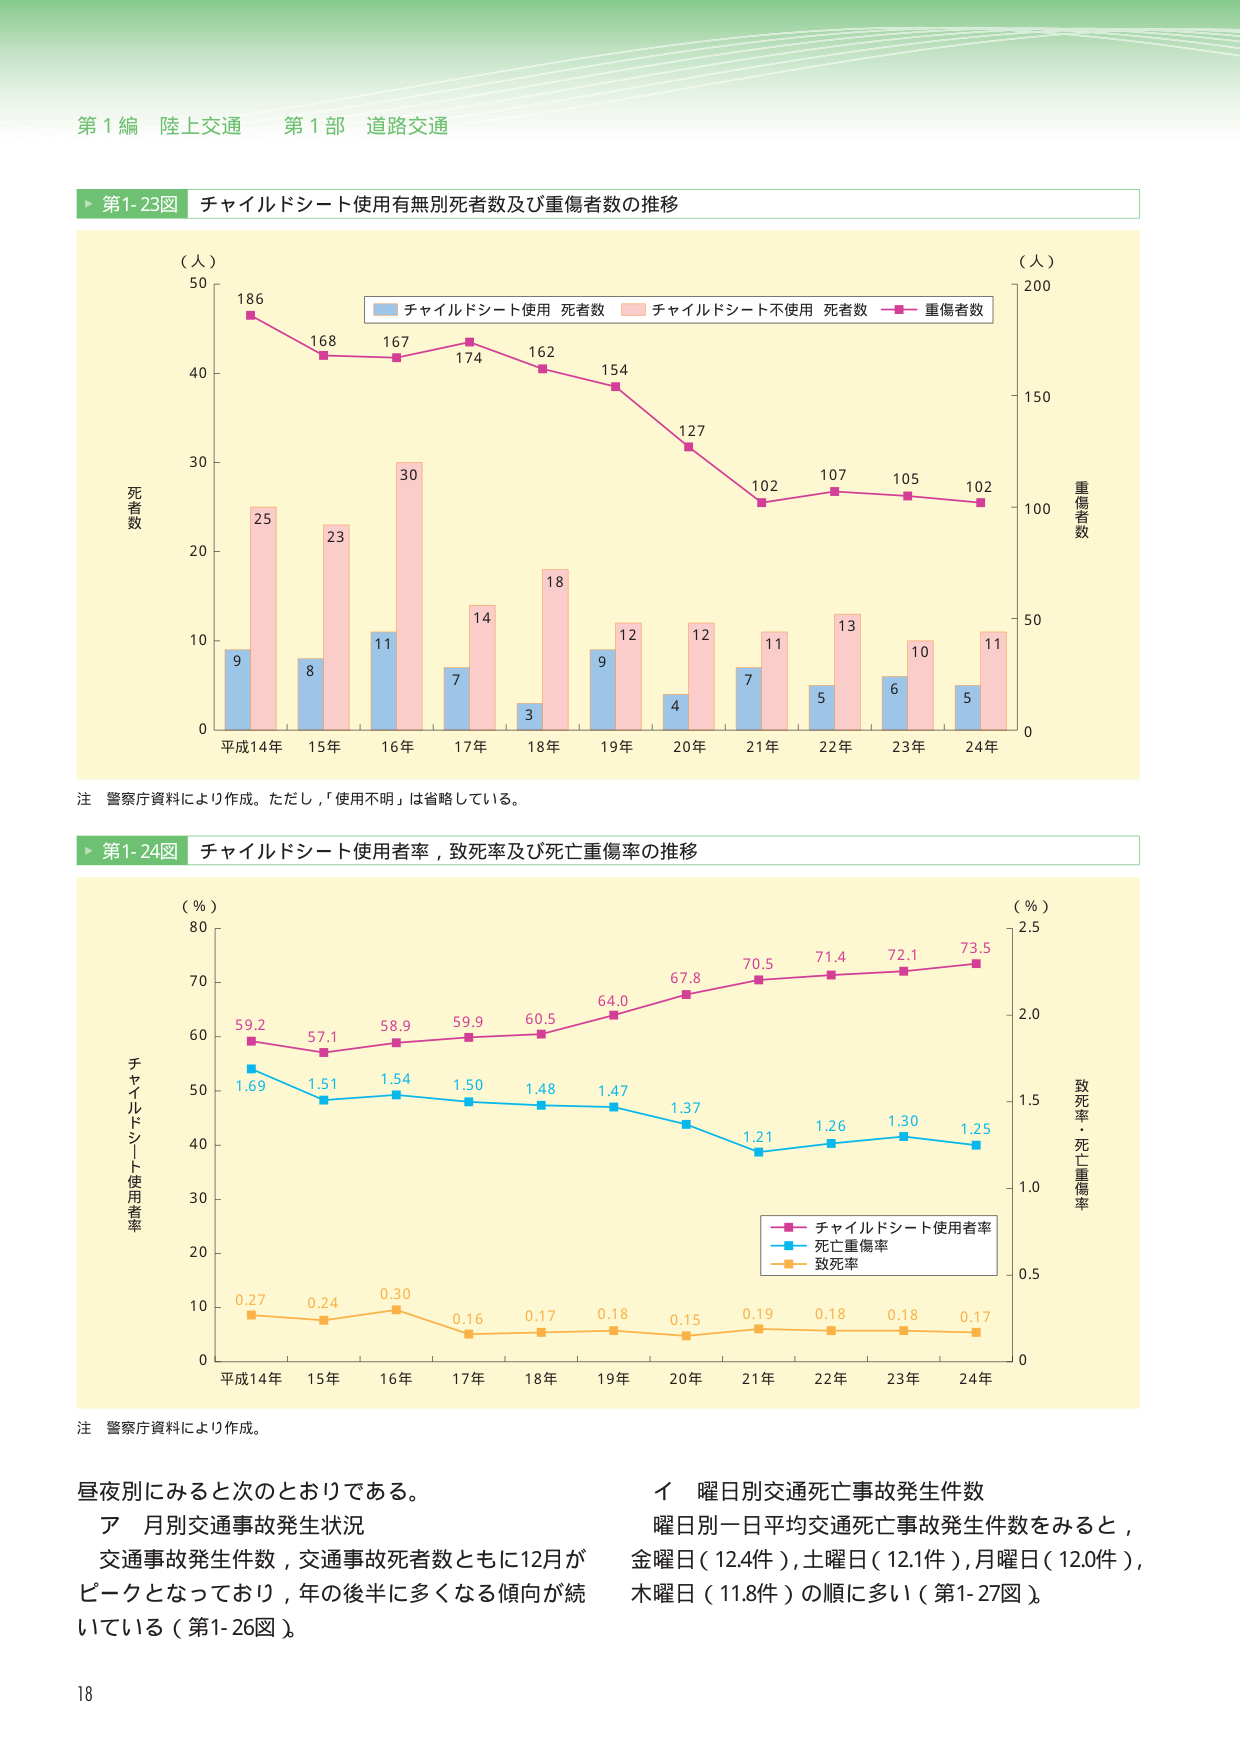
第１編 陸上交通 第１部 道路交通

▶ 第1-23図 チャイルドシート使用有無別死者数及び重傷者数の推移

（人）
50
40
30
20
10
0
平成14年 15年 16年 17年 18年 19年 20年 21年 22年 23年 24年

死者数

9 25
8 23
11 30
7 14
3 18
9 12
4 12
7 11
5 13
6 10
5 11

186
168
167
174
162
154
127
102
107
105
102

（人）
200
150
100
50
0

重傷者数

■ チャイルドシート使用 死者数
■ チャイルドシート不使用 死者数
■ 重傷者数

注 警察庁資料により作成。ただし，「使用不明」は省略している。

▶ 第1-24図 チャイルドシート使用者率，致死率及び死亡重傷率の推移

（％）
80
70
60
50
40
30
20
10
0
平成14年 15年 16年 17年 18年 19年 20年 21年 22年 23年 24年

チャイルドシート使用者率

59.2
57.1
58.9
59.9
60.5
64.0
67.8
70.5
71.4
72.1
73.5

1.69
1.51
1.54
1.50
1.48
1.47
1.37
1.21
1.26
1.30
1.25

0.27
0.24
0.30
0.16
0.17
0.18
0.15
0.19
0.18
0.18
0.17

（％）
2.5
2.0
1.5
1.0
0.5
0

致死率・死亡重傷率

■ チャイルドシート使用者率
■ 死亡重傷率
■ 致死率

注 警察庁資料により作成。

昼夜別にみると次のとおりである。
ア 月別交通事故発生状況
交通事故発生件数，交通事故死者数ともに12月が
ピークとなっており，年の後半に多くなる傾向が続
いている（第1-26図）。

イ 曜日別交通死亡事故発生件数
曜日別一日平均交通死亡事故発生件数をみると，
金曜日（12.4件），土曜日（12.1件），月曜日（12.0件），
木曜日（11.8件）の順に多い（第1-27図）。

18